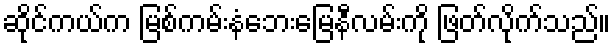
ဆိုင်ကယ်က မြစ်ကမ်းနံဘေးမြေနီလမ်းကို ဖြတ်လိုက်သည်။